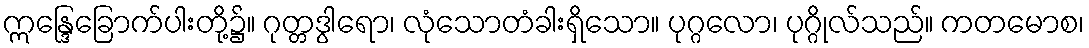
ဣန္ဒြေခြောက်ပါးတို့၌။ ဂုတ္တဒွါရော၊ လုံသောတံခါးရှိသော။ ပုဂ္ဂလော၊ ပုဂ္ဂိုလ်သည်။ ကတမောစ၊